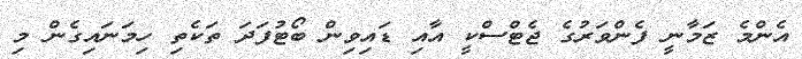
އެންމެ ޒަމާނީ ފެންވަރުގެ ޖެޓްސްކީ އާއި ޑައިވިން ބޯޓުފަދަ ތަކެތި ހިމަނައިގެން މި